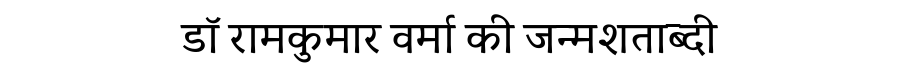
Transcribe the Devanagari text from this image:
डॉ रामकुमार वर्मा की जन्मशताब्दी